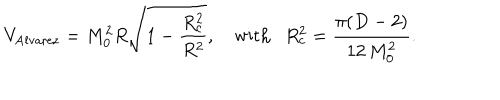
V _ { \mathrm { A l v a r e z } } = M _ { 0 } ^ { 2 } R \sqrt { 1 - \frac { R _ { c } ^ { 2 } } { R ^ { 2 } } } , ~ \mathrm { w i t h } R _ { c } ^ { 2 } = \frac { \pi ( D - 2 ) } { 1 2 \, M _ { 0 } ^ { 2 } } .